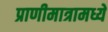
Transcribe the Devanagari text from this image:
प्राणीमात्रामध्ये